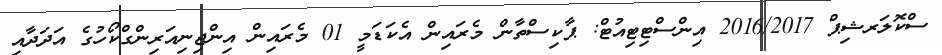
ސްކޮލަރޝިޕް 2016/2017 އިންސްޓިޓިއުޓް: ޕާކިސްތާން މެރައިން އެކަޑަމީ 01 މެރައިން އިންޖިނިއަރިންގްކޯހުގެ އަދަދާއި